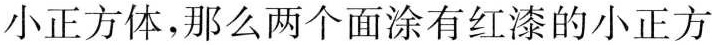
小正方体，那么两个面涂有红漆的小正